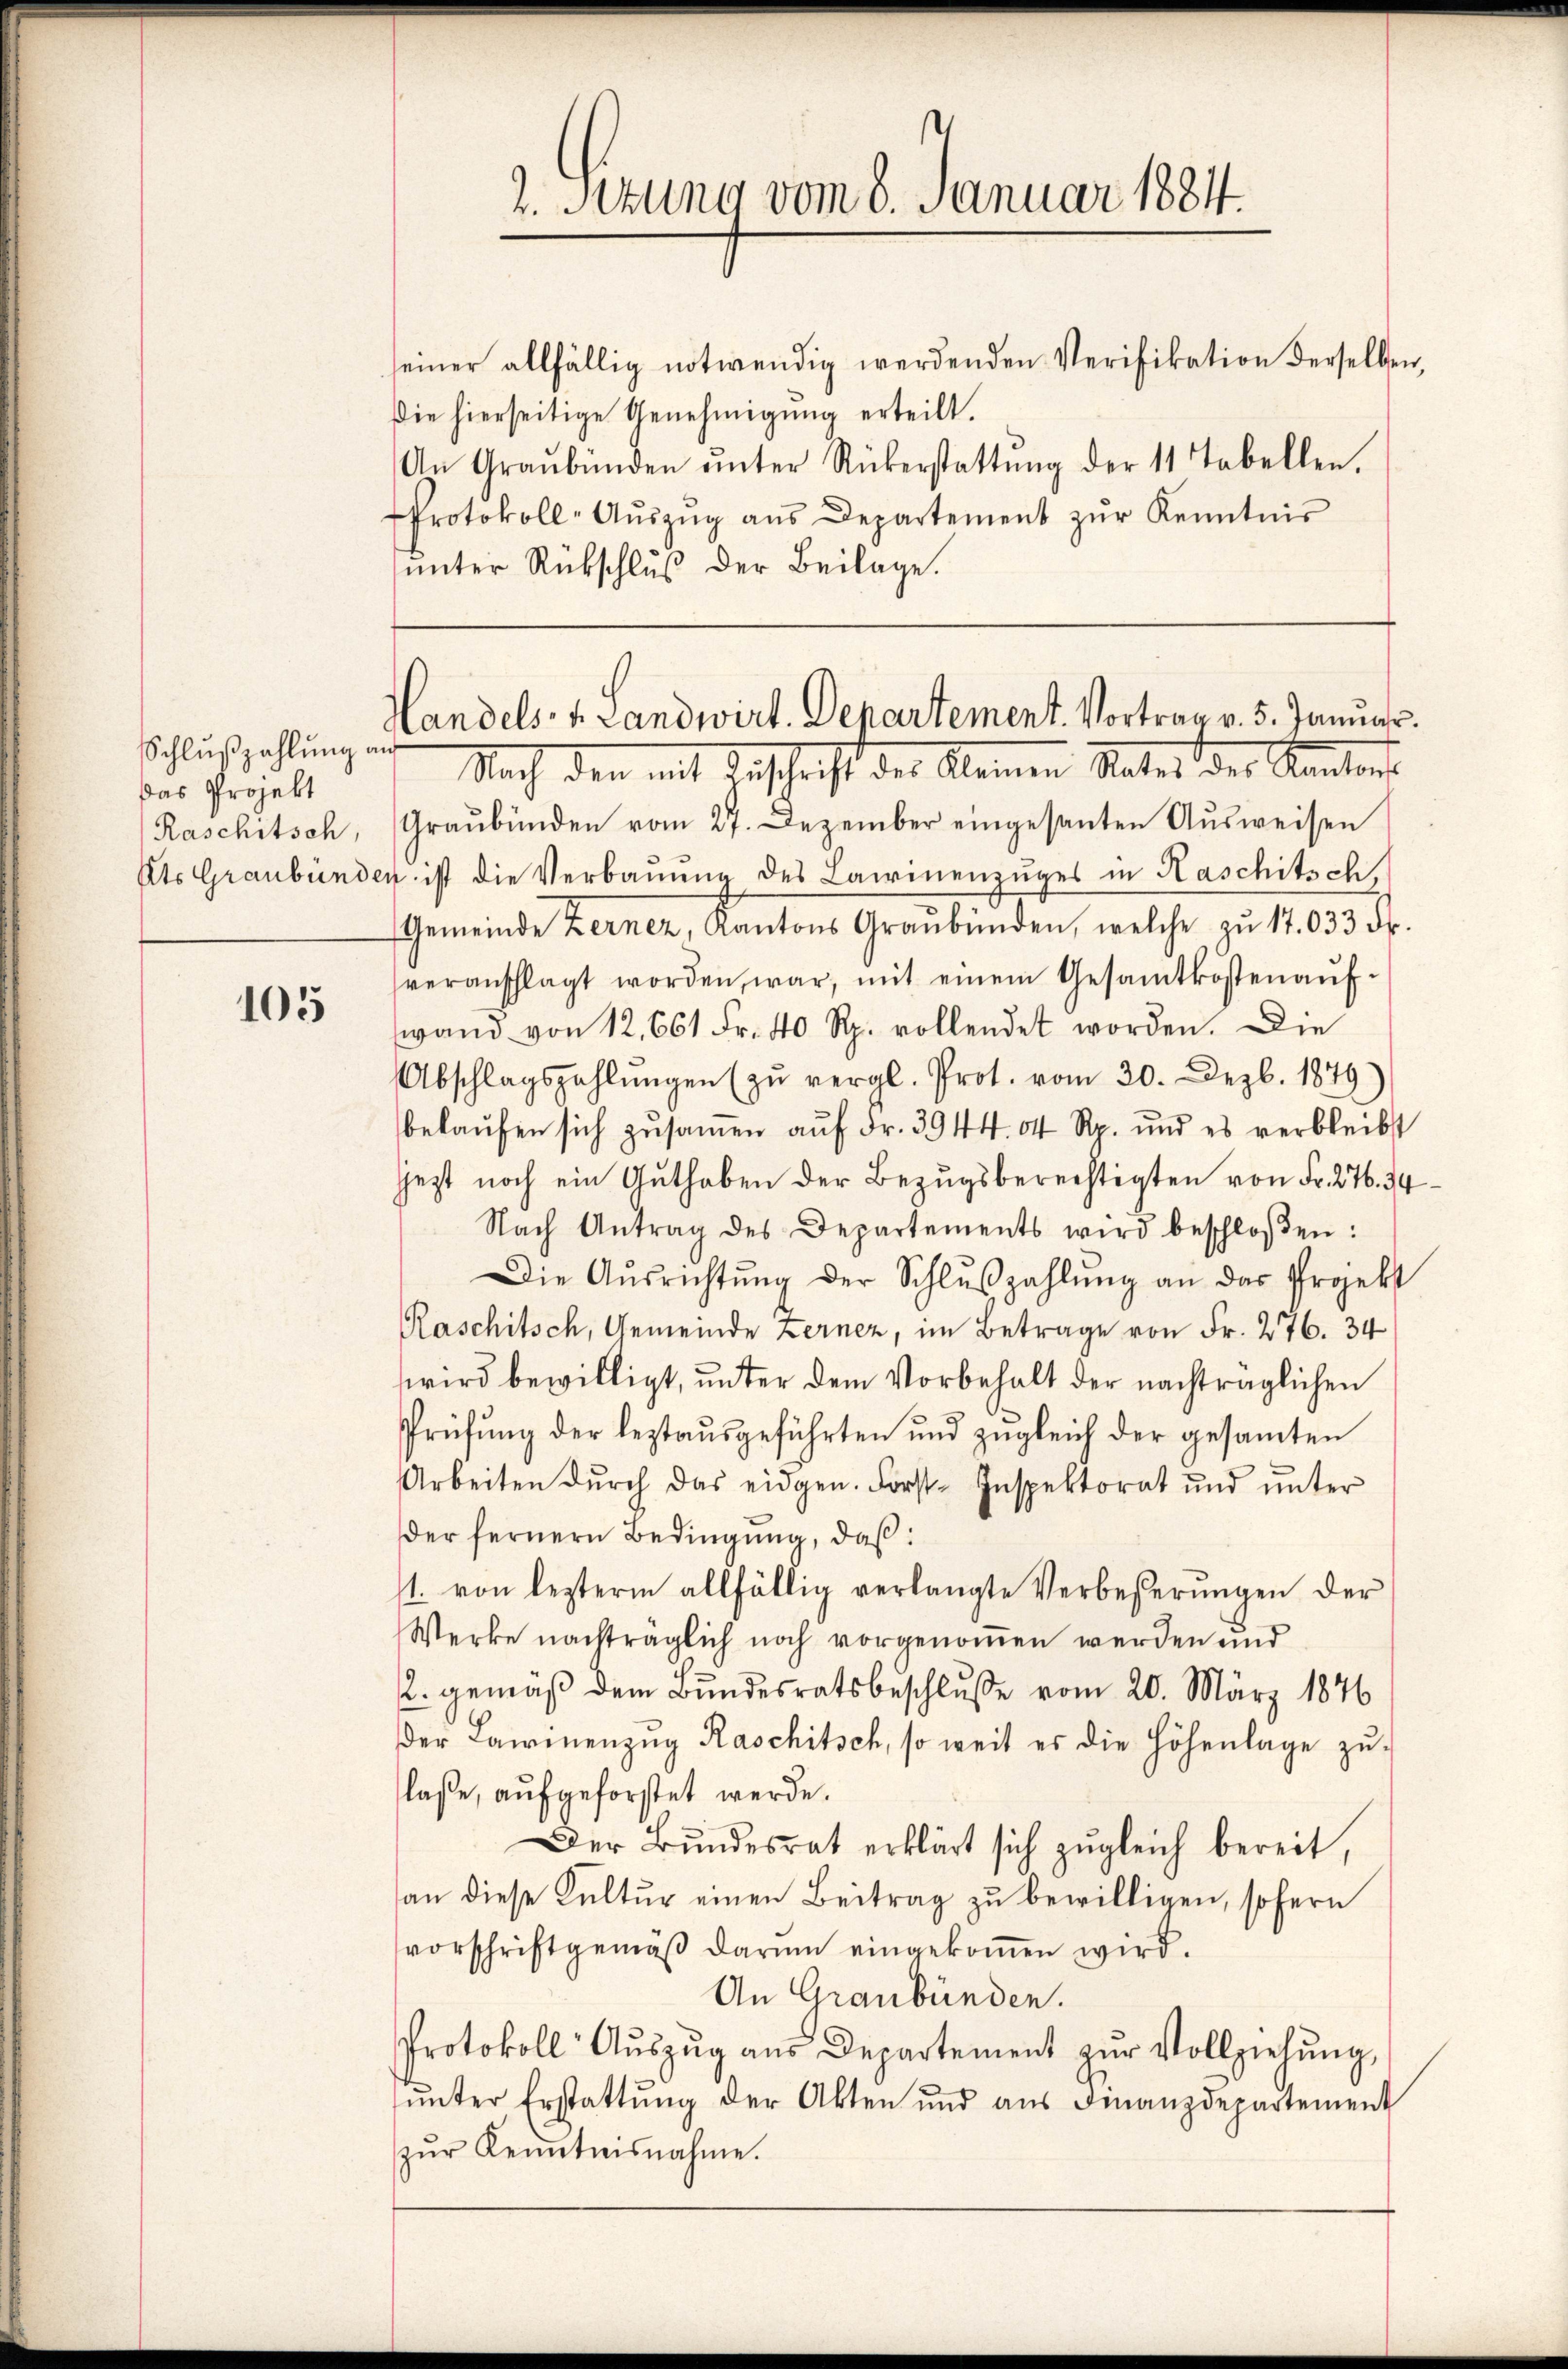
Schlußzahlung an
Das Projekt
Raschitsch,
Ats Graubünder

105

seiner allfällig notwendig werdenden Verifikation derselben,
Die hierseitige Genehmigung erteilt.
An Graubünden ŭnter Rükerstattŭng der 11 Tabellen.
Protokoll-Aŭszŭg aŭs Departement zŭr Kenntnis
ŭnter Rückschluß der Beilage.

2. Situng vom 8. Januar 1884.

Handels- u. Landwirt. Departement. Vortrag v. 5. Januar

Nach den mit Beschrift des Kleinen Rates des Kantons
Graubünden vom 27. Dezember eingesanten Aŭsweisen
4 ist die Verbann des Lairmenzuges in Kaschitsch.
Gemeinde Zerner, Kantons Graubünden, welche zŭ 17.033 Fr.
veranschlagt worden, war, mit einem Gesamtkostenaufwand von 12. 661 Fr. 40 Rp. vollendet worden. Die
Abschlagszahlŭngen (zŭ vergl. Prot. vom 30. Dezbr. 1879)
belaŭfen sich zŭsaṁen aŭf Fr. 3944. 64 Rp. und es verbleibt
jezt noch ein Guthaben der Bezugsberechtigten von Fr. 276. 34
Nach Antrag des Departements wird beschloßen:
Die Aŭsrichtŭng der Schlŭβzahlŭng an das Projekt
Raschitsch, Gemeinde Lerner, im Betrage von Fr. 276. 34
wird bewilligt, unter dem Vorbehalt der nachträglichen
Prüfŭng der leztaŭsgeführten und zŭgleich der gesamten
Arbeiten dŭrch das eidgen. Forst-Inspektorat und ŭnter
der fernern Bedingung, daß:
1. von lezterm allfällig verlangte Verbesserŭngen der
Werke nachträglich noch vorgenomen werden und
2. gemäß dem Bundesratsbeschluße vom 20. März 1876
der Lawinenzŭg Raschitsch, so weit es die Höhenlage zŭ-
laße, aufgeforstet werde.
Der Bŭndesrat erklärt sich zŭgleich bereit,
an diese Kultur einen Beitrag zŭ bewilligen, sofern
vorschriftgemäβ darum eingekoṁen wird.
An Graubünden.
Protokoll Aŭszŭg aŭs Departement zŭr Vollziehŭng
ŭnter Erstattŭng der Akten und aŭs Finanzdepartement
zŭr Kenntnisnahme.